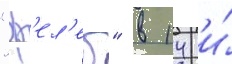
"ф'ел'еб" в 14 и́